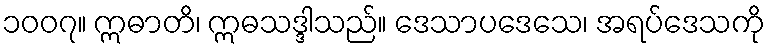
၁၀၀၇။ ဣဓာတိ၊ ဣဓသဒ္ဒါသည်။ ဒေသာပဒေသေ၊ အရပ်ဒေသကို